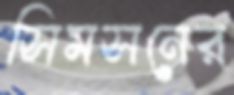
সিমসনের